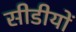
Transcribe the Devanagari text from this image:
सीडीयों